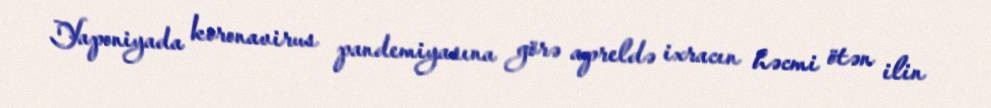
Yaponiyada koronavirus pandemiyasına görə apreldə ixracın həcmi ötən ilin